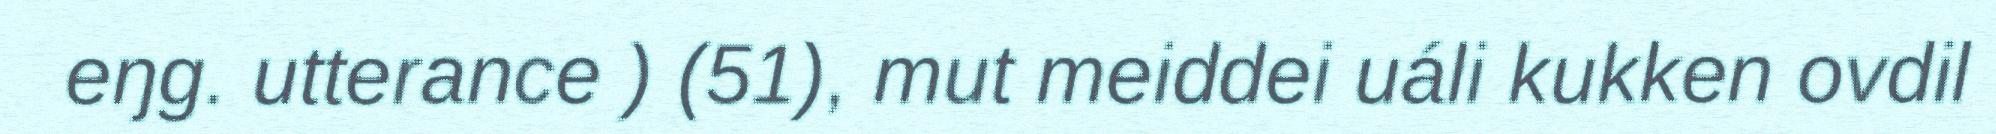
eŋg. utterance ) (51), mut meiddei uáli kukken ovdil